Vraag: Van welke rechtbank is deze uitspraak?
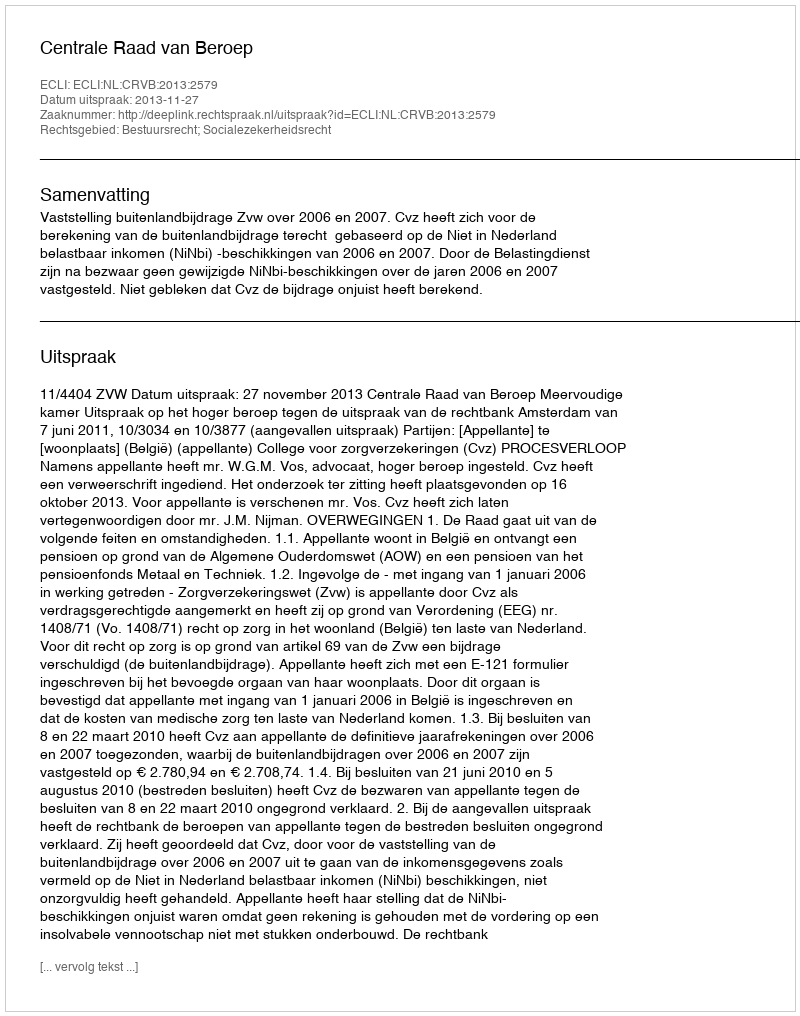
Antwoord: Centrale Raad van Beroep